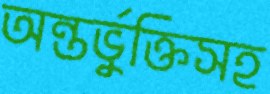
অন্তর্ভুক্তিসহ